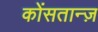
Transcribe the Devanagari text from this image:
कोंसतान्ज़